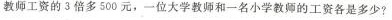
教师工资的3倍多500元，一位大学教师和一名小学教师的工资各是多少？